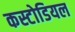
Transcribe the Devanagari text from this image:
कस्टोडियल